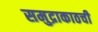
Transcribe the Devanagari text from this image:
समुद्राकाठची